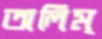
অলিম্